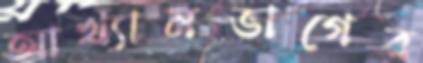
আখ্যানভাগের